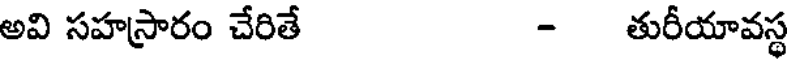
అవి సహస్రారం చేరితే - తురీయావస్థ